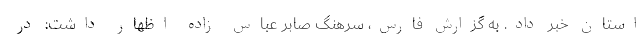
استان خبر داد. به گزارش فارس، سرهنگ صابر عباس زاده اظهار داشت: در